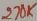
Text: 270K